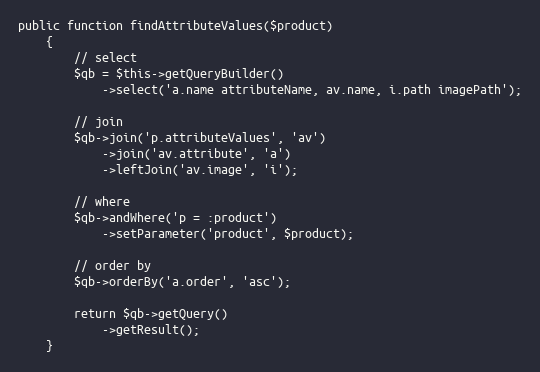
Language: PHP
public function findAttributeValues($product)
    {
        // select
        $qb = $this->getQueryBuilder()
            ->select('a.name attributeName, av.name, i.path imagePath');

        // join
        $qb->join('p.attributeValues', 'av')
            ->join('av.attribute', 'a')
            ->leftJoin('av.image', 'i');

        // where
        $qb->andWhere('p = :product')
            ->setParameter('product', $product);

        // order by
        $qb->orderBy('a.order', 'asc');

        return $qb->getQuery()
            ->getResult();
    }